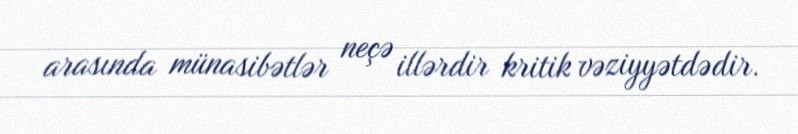
arasında münasibətlər neçə illərdir kritik vəziyyətdədir.